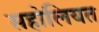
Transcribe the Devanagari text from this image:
सहोलियत